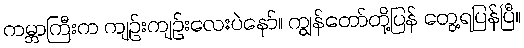
ကမ္ဘာကြီးက ကျဉ်းကျဉ်းလေးပဲနော်။ ကျွန်တော်တို့ပြန် တွေ့ရပြန်ပြီ။